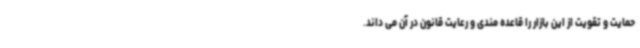
حمایت و تقویت از این بازار را قاعده مندی و رعایت قانون در آن می داند.